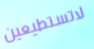
لاتستطيعين